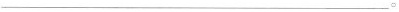
___。